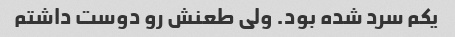
یکم سرد شده بود. ولی طعنش رو دوست داشتم